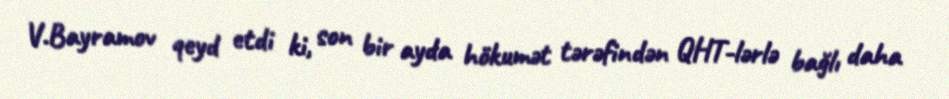
V.Bayramov qeyd etdi ki, son bir ayda hökumət tərəfindən QHT-lərlə bağlı daha